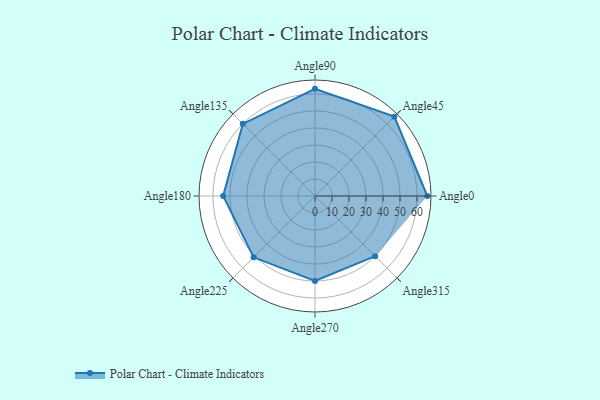
{"axis": {"x": "Angle", "y": "Radius"}, "legend": [""], "data": [{"x": "Angle0", "y": 66.0, "type": ""}, {"x": "Angle45", "y": 66.0, "type": ""}, {"x": "Angle90", "y": 63.0, "type": ""}, {"x": "Angle135", "y": 60.0, "type": ""}, {"x": "Angle180", "y": 54.0, "type": ""}, {"x": "Angle225", "y": 51.0, "type": ""}, {"x": "Angle270", "y": 50, "type": ""}, {"x": "Angle315", "y": 50, "type": ""}]}